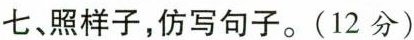
七、照样子，仿写句子。(12分)